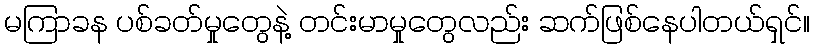
မကြာခန ပစ်ခတ်မှုတွေနဲ့ တင်းမာမှုတွေလည်း ဆက်ဖြစ်နေပါတယ်ရှင်။